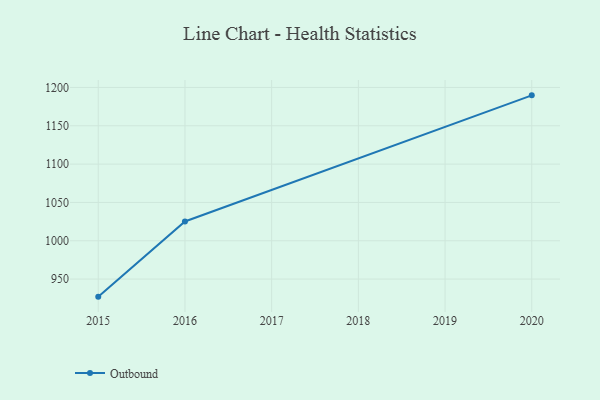
{"axis": {"x": "Year", "y": "Customer Acquisition Cost (USD)"}, "legend": ["Outbound"], "data": [{"x": "2015", "y": 927.1, "type": "Outbound"}, {"x": "2016", "y": 1025.2, "type": "Outbound"}, {"x": "2020", "y": 1189.7, "type": "Outbound"}]}